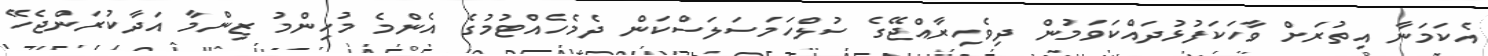
އެކަމަނާ އިތުރަށް ވާހަކަފުޅުދައްކަވަމުން ދިވެހިރާއްޖޭގެ ސުލްހަމަސަލަސްކަން ދެމެހެއްޓުމުގެ އެންމެ މުހިންމު ޒިންމާ އަދާކުރަންޖެހޭ